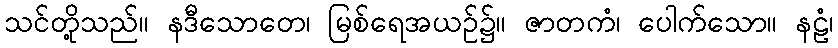
သင်တို့သည်။ နဒီသောတေ၊ မြစ်ရေအယဉ်၌။ ဇာတကံ၊ ပေါက်သော။ နဠံ၊